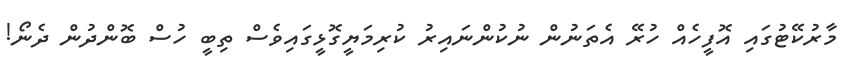
މާރުކޭޓުގައި އޮފީހެއް ހުރޭ އެތަނުން ނުކުންނައިރު ކުރިމަޔީގޮޅީގައިވެސް ތިބީ ހުސް ބޮންދުން ދެނޯ!